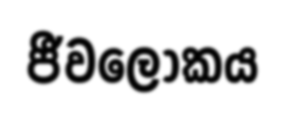
ජීවලෝකය